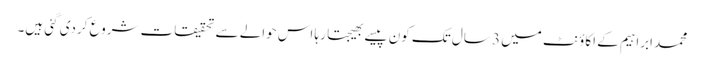
محمد ابراہیم کے اکاؤنٹ میں 3 سال تک کون پیسے بھیجتا رہا اس حوالے سے تحقیقات شروع کردی گئی ہیں۔